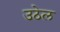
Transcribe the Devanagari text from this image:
उठेल